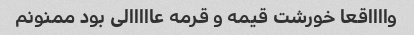
وااااقعا خورشت قیمه و قرمه عااااالی بود ممنونم